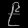
Digit: ၉